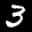
Label: 3